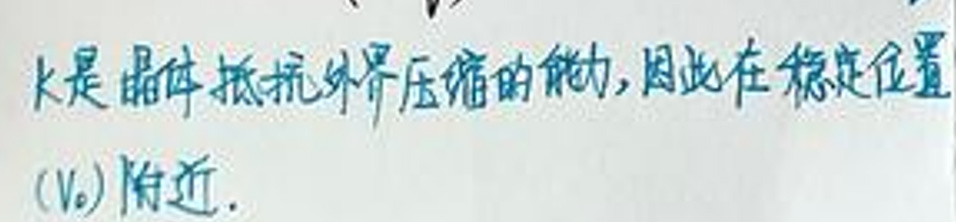
\(k\)是晶体抵抗外界压缩的能力，因此在稳定位置\((v_0)\)附近。